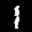
Label: 1